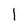
Character: I